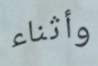
وأثناء